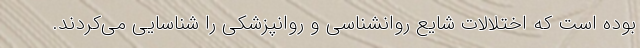
بوده است که اختلالات شایع روانشناسی و روانپزشکی را شناسایی می‌کردند.